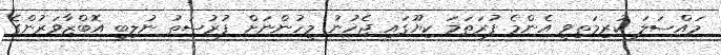
މައްސަލަ ކުރިމަތިވީ އެންމެ ފުރަތަމަ ކިޔޫގައި ޖެހުނު މީހުންނަށް ފުރުސަތު ނުލިބި އޮބްޒާވަރުންގެ